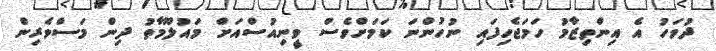
ދުވަހު އެ އިންތިޒާމު ހަމަޖެހިފައި ނުހުންނަ ކަމަށްވެސް ވީނިއުސްއަށް މައުލޫމާތު ދިން މަސްވެރިން